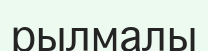
рылмалы